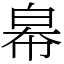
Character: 㡍